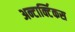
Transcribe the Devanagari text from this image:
अन्टार्क्टिकस